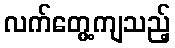
လက်တွေ့ကျသည့်